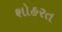
શોહરત